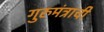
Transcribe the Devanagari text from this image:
गुरुमंत्राची